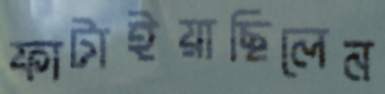
ফাটাইয়াছিলেন